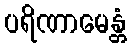
ပရိဏာမေန္တံ